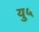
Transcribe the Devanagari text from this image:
यु५